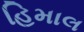
હિમાલ